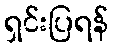
ရှင်းပြရန်